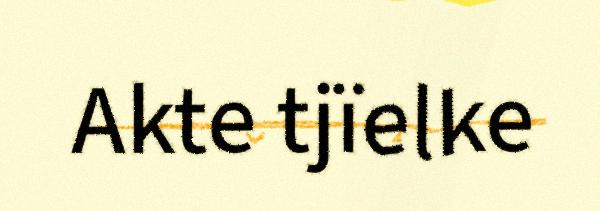
Akte tjïelke